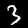
Digit: 3